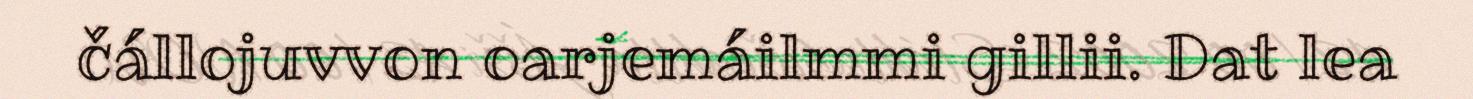
čállojuvvon oarjemáilmmi gillii. Dat lea